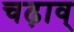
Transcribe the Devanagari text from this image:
चढ़ाव्